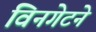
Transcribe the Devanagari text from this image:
विनगेटने